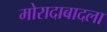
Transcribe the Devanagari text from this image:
मोरादाबादला